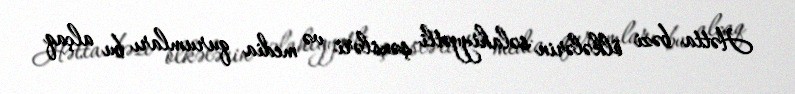
Hətta bəzi ölkələrin səlahiyyətli şəxsləri və media qurumları bu alçaq